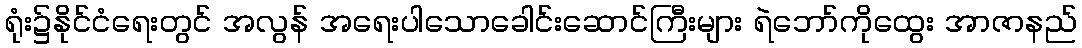
ရုံး၌နိုင်ငံရေးတွင် အလွန် အရေးပါသောခေါင်းဆောင်ကြီးများ ရဲဘော်ကိုထွေး အာဇာနည်